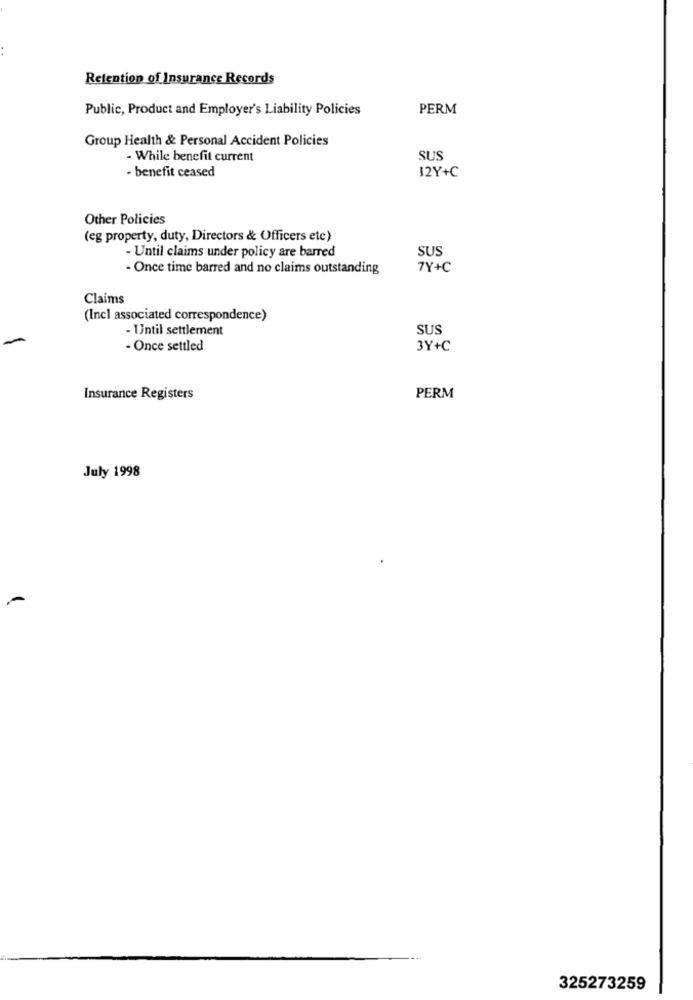
Retention of Insurance Records
Public, Product and Employer's Liability Policies
PERM
Group Health & Personal Accident Policies
- While benefit current
SUS
· benefit ceased
12Y+C
Other Policies
(eg property, duty, Directors & Officers etc)
SUS
- Until claims under policy are barred
- Once time barred and no claims outstanding
7Y+C
Claims
(Incl associated correspondence)
- Until settlement
SUS
- Once settled
3Y+C
Insurance Registers
PERM
July 1998
325273259